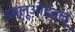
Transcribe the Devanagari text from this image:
डब्लूओडब्लू